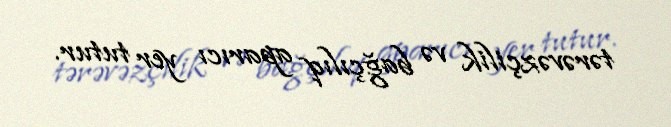
tərəvəzçilik və bağçılıq aparıcı yer tutur.